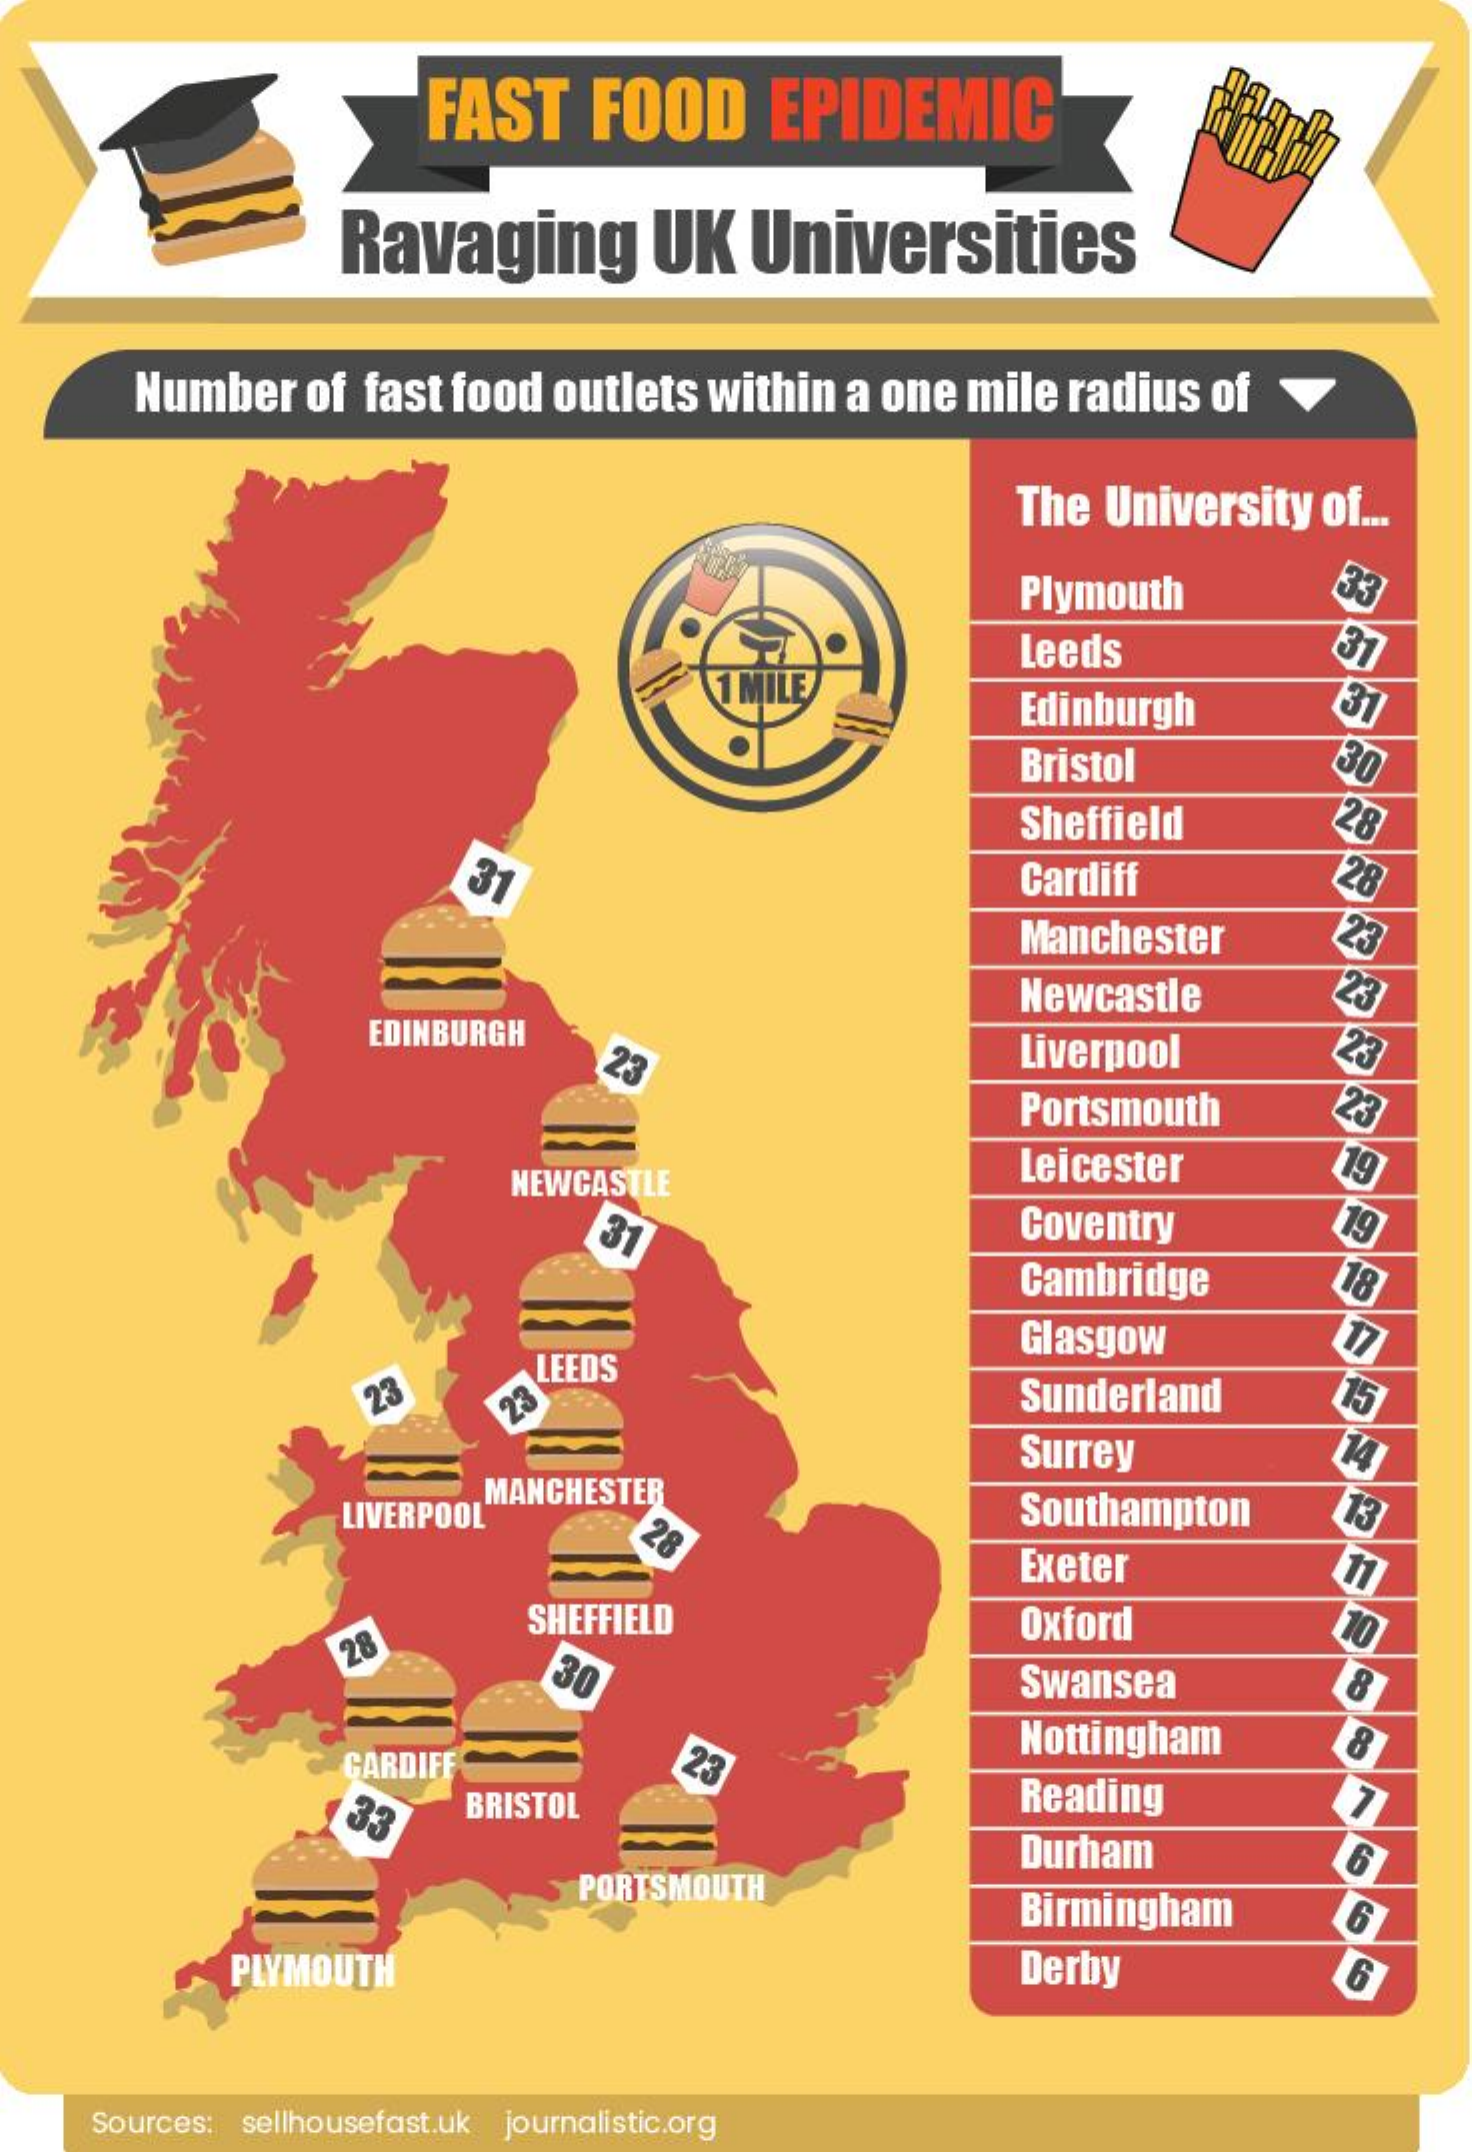
FAST  FOOD    EPIDEMIC
     Ravaging    UK  Universities
     Number of fast food outlets within a one mile radius of
     The University of ...
     Plymouth    33
     Leeds    31
     Edinburgh    31
     Bristol    30
     Sheffield    28
     31    Cardiff    28
     Manchester   23
     Newcastle    23
     EDINBURGH
     23    Liverpool    23
     Portsmouth   23
     NEWCASTLE
     Leicester    19
     31    Coventry    19
     Cambridge    18
     Glasgow    17
     LEEDS
     23    Sunderland   15 23
     Surrey    14
     LIVERPOOL
     MANCHESTER    Southampton  13
     28
     Exeter    11
     SHEFFIELD    Oxford    10
     28
     30    Swansea
     Nottingham
     CARDIFF    23
     33   BRISTOL    Reading
     Durham
     PORTSMOUTH
     Birmingham
     PLYMOUTH    Derby
    Sources: sellhousefast.uk journalistic.org